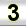
Digit: 3